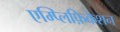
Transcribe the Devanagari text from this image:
एम्प्लिफ़िकेशन